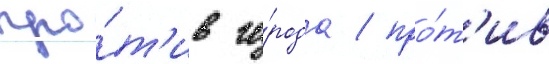
про́т'ив го́рода / про́т'ив